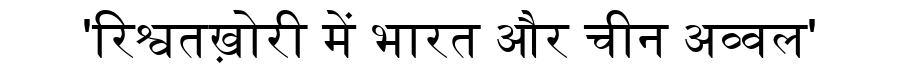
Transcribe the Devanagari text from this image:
'रिश्वतख़ोरी में भारत और चीन अव्वल'